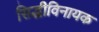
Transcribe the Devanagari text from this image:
सिद्धीविनायक